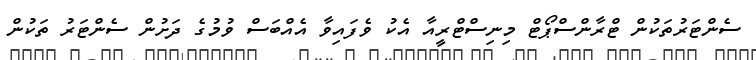
ސެންޓަރުތަކުން ޓްރާންސްޕޯޓް މިނިސްޓްރީއާ އެކު ވެފައިވާ އެއްބަސް ވުމުގެ ދަށުން ސެންޓަރު ތަކުން